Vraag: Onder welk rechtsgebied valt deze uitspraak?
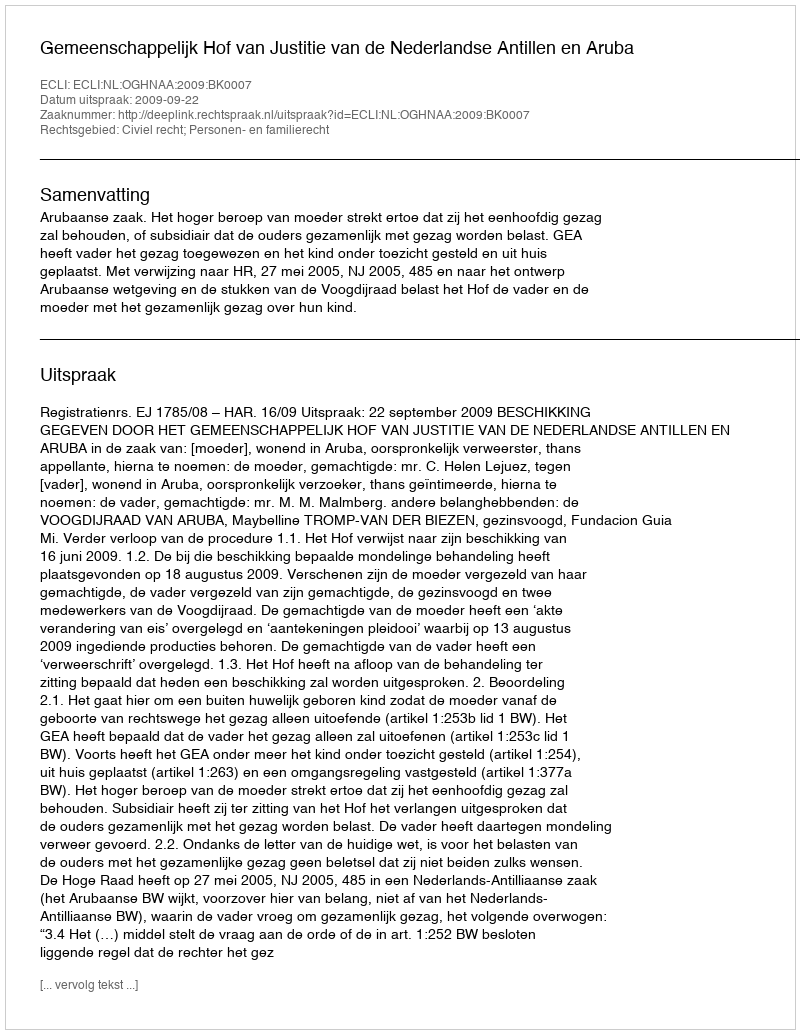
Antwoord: Civiel recht; Personen- en familierecht